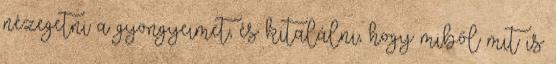
nézegetni a gyöngyeimet, és kitalálni, hogy miből mit is